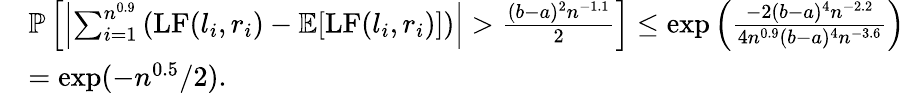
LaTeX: \begin{array}{rl}&{\mathbb P\left[\left|\sum_{i=1}^{n^{0.9}}\left(\mathrm{LF}(l_{i},r_{i})-\mathbb E[\mathrm{LF}(l_{i},r_{i})]\right)\right|>\frac{(b-a)^{2}n^{-1.1}}{2}\right]\le\exp\left(\frac{-2(b-a)^{4}n^{-2.2}}{4n^{0.9}(b-a)^{4}n^{-3.6}}\right)}\\ &{=\exp(-n^{0.5}/2).}\end{array}